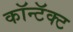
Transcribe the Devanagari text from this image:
कॉन्टॅक्ट